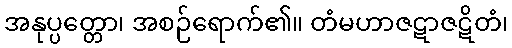
အနုပ္ပတ္တော၊ အစဉ်ရောက်၏။ တံမဟာဇဋာဇဋိတံ၊